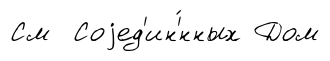
См Соjед'ин'́нных Дом